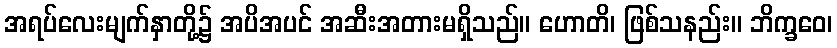
အရပ်လေးမျက်နှာတို့၌ အပိအပင် အဆီးအတားမရှိသည်။ ဟောတိ၊ ဖြစ်သနည်း။ ဘိက္ခဝေ၊